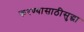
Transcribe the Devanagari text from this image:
करण्यासाठीसुद्धा